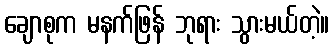
ချောစုက မနက်ဖြန် ဘုရား သွားမယ်တဲ့။